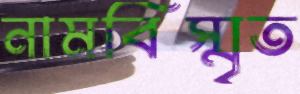
নামবিস্মৃত